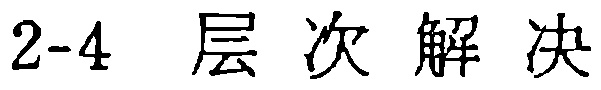
2-4 层次解决